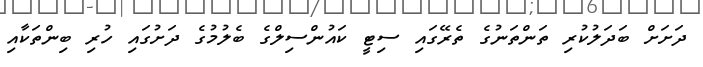
ދަށަށް ބަދަލުކުރި ތަންތަނުގެ ތެރޭގައި ސިޓީ ކައުންސިލްގެ ބެލުމުގެ ދަށުގައި ހުރި ބިންތަކާއި